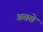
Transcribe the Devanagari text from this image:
अससे